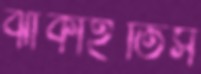
ঝাঁকাইতিস